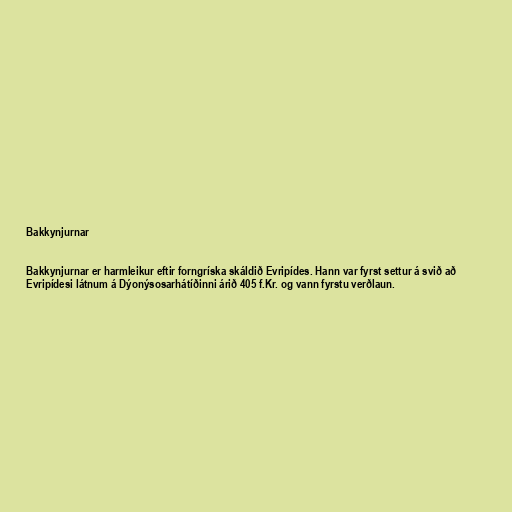
Bakkynjurnar

Bakkynjurnar er harmleikur eftir forngríska skáldið Evripídes. Hann var fyrst settur á svið að
Evripídesi látnum á Dýonýsosarhátíðinni árið 405 f.Kr. og vann fyrstu verðlaun.